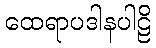
ထေရာပဒါနပါဠိ